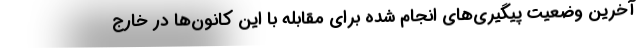
آخرین وضعیت پیگیری‌های انجام شده برای مقابله با این کانون‌ها در خارج